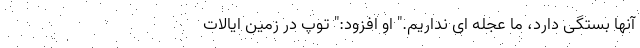
آنها بستگی دارد، ما عجله ای نداریم." او افزود:" توپ در زمین ایالات